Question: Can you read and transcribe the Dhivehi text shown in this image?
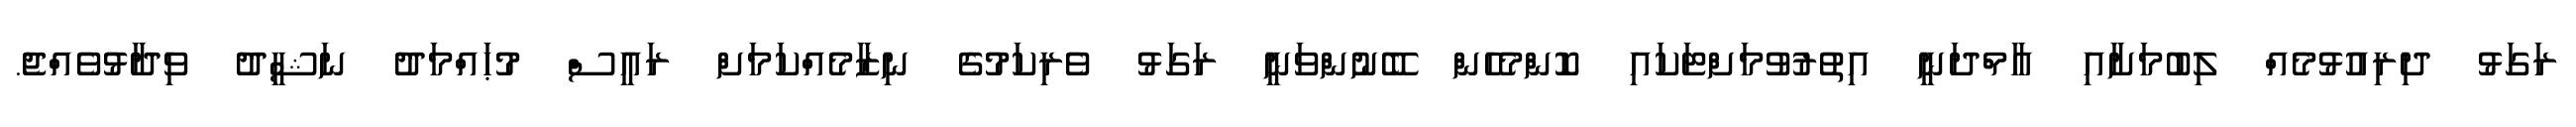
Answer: ރަގަޅު ދިރިއުޅުމެއް ލިބުމަށާއި އާމްދަނީ އިތުރުވުމަށްޓަކައި ކޮންމެހެން ބޭނުންވަނީ ރަގަޅު ވެރިކަމުގެ ނިޒާމެއްކަމަށް ރައީސް މުޙައްމަދު ނަޝީދު ވިދާޅުވެއްޖެ.